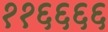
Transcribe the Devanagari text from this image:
११६६६६